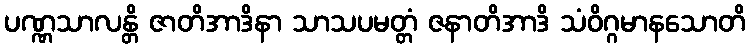
ပဏ္ဏသာလန္တိ ဇာတိအာဒိနာ သာသပမတ္တံ ဇနာတိအာဒိ သံဝိဂ္ဂမာနသောတိ